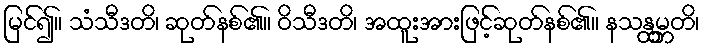
မြင်၍။ သံသီဒတိ၊ ဆုတ်နစ်၏။ ဝိသီဒတိ၊ အထူးအားဖြင့်ဆုတ်နစ်၏။ နသန္ထမ္ဘတိ၊